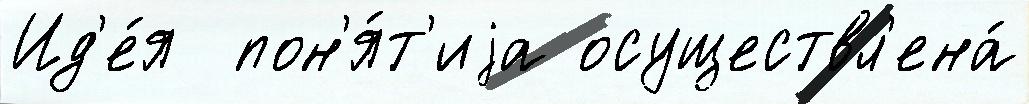
Ид'е́я  пон'я́т'иjа осуществл'ена́